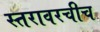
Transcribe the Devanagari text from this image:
स्तरावरचीच